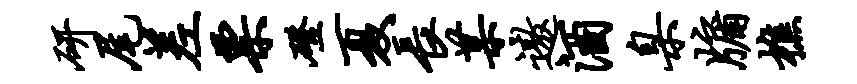
研尾差票磴夏长某遨酒臬牖樵